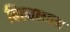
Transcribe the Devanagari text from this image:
बिल्वकवन